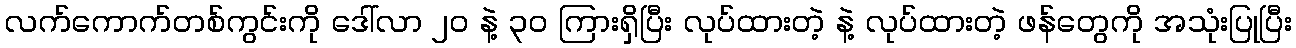
လက်ကောက်တစ်ကွင်းကို ဒေါ်လာ ၂၀ နဲ့ ၃၀ ကြားရှိပြီး လုပ်ထားတဲ့ နဲ့ လုပ်ထားတဲ့ ဖန်တွေကို အသုံးပြုပြီး